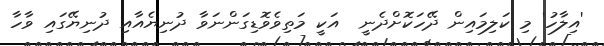
'އިލާހު' މި ކަލިމައިން ދޭހަކޮށްދެނީ  އަކީ މަތިވެވޮޑިގަންނަވާ ދުނިޔެއާއި ދުނިޔޭގައި ވާހާ